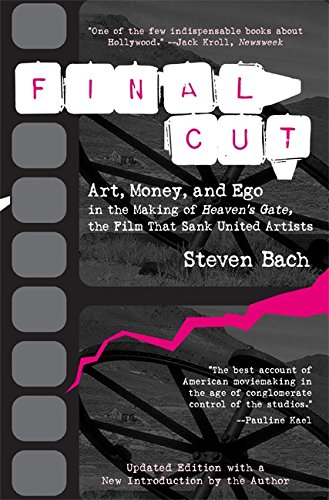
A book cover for Final Cut: Art, Money, and Ego in the Making of Heaven's Gate, the Film that Sank United Artists; Steven Bach; Humor & Entertainment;